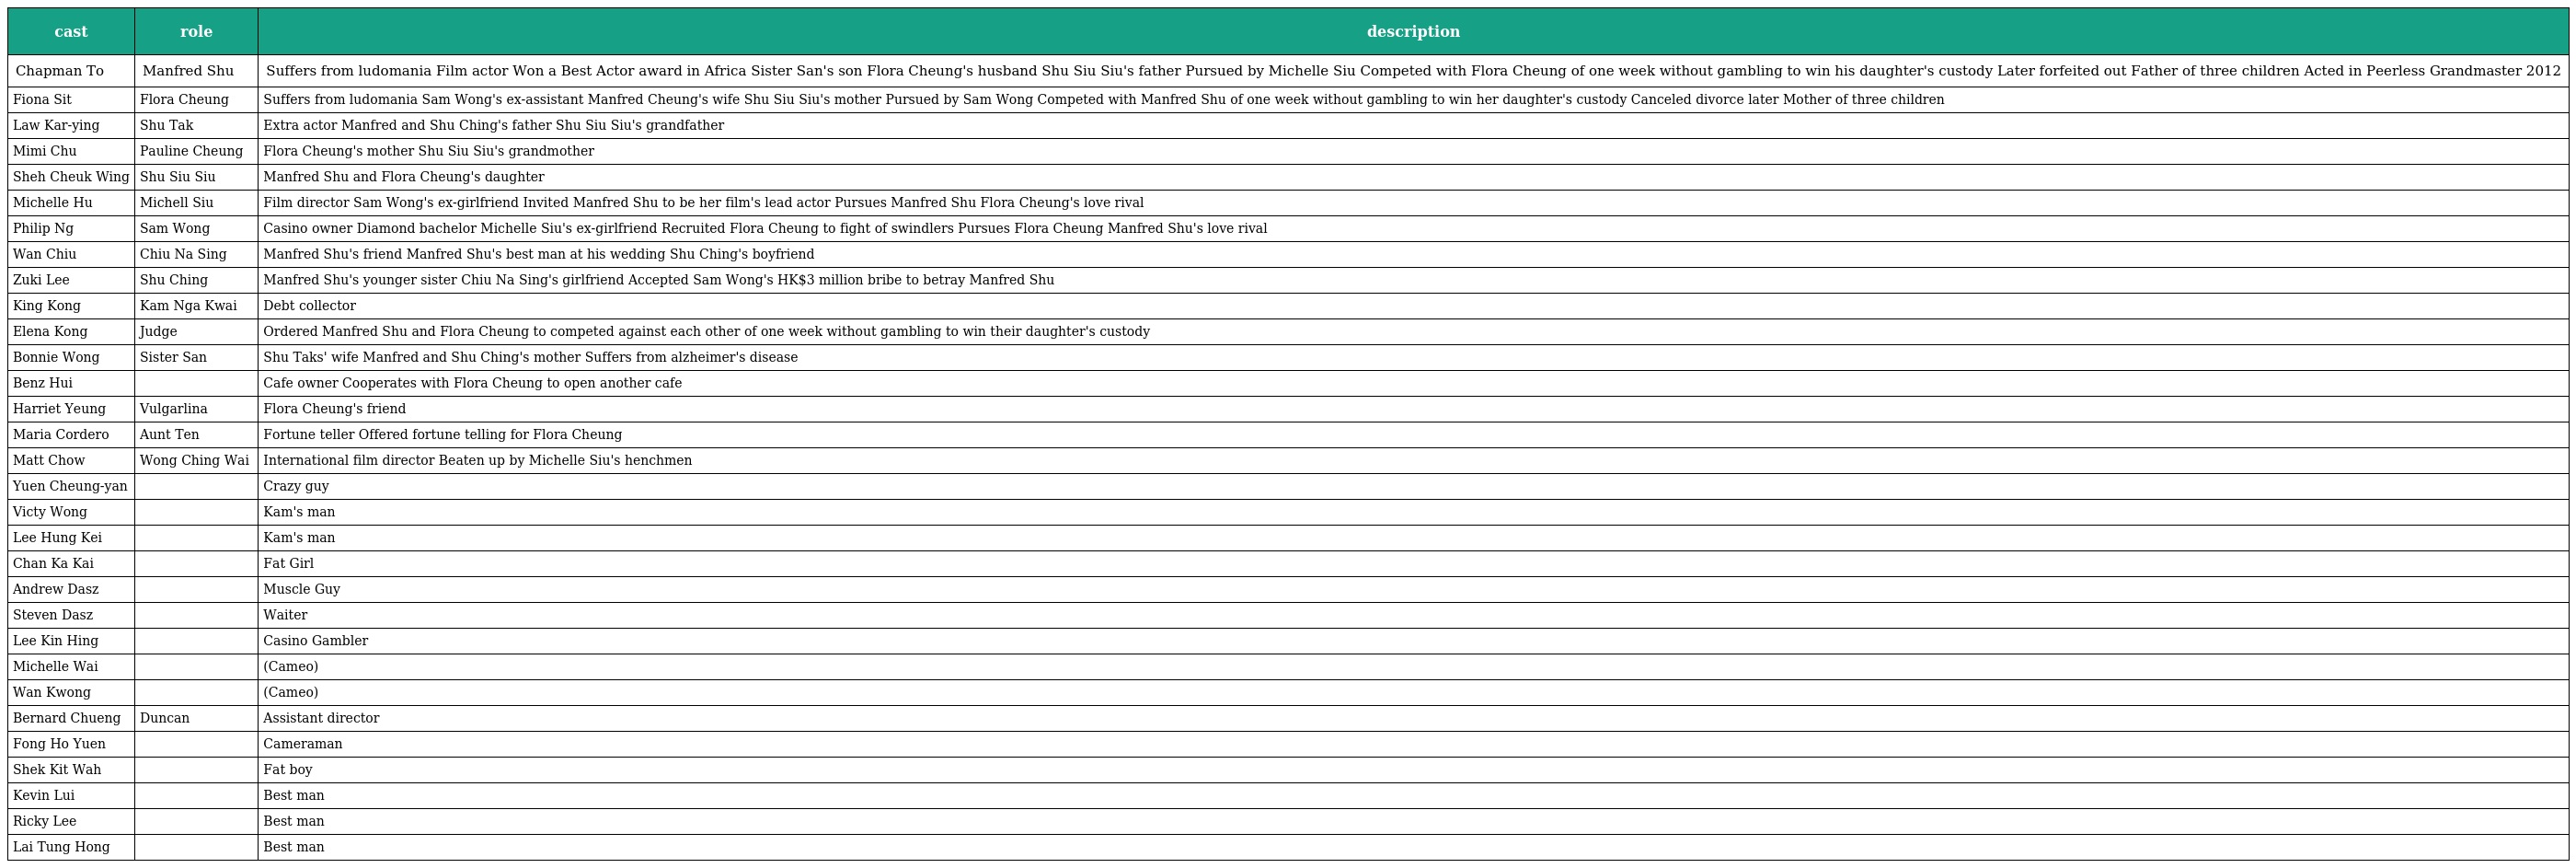
| cast | role | description |
 | --- | --- | --- |
 | Chapman To | Manfred Shu 舒奇 | Suffers from ludomania Film actor Won a Best Actor award in Africa Sister San's son Flora Cheung's husband Shu Siu Siu's father Pursued by Michelle Siu Competed with Flora Cheung of one week without gambling to win his daughter's custody Later forfeited out Father of three children Acted in Peerless Grandmaster 2012 |
 | Fiona Sit | Flora Cheung 張惠香 | Suffers from ludomania Sam Wong's ex-assistant Manfred Cheung's wife Shu Siu Siu's mother Pursued by Sam Wong Competed with Manfred Shu of one week without gambling to win her daughter's custody Canceled divorce later Mother of three children |
 | Law Kar-ying | Shu Tak 舒突 | Extra actor Manfred and Shu Ching's father Shu Siu Siu's grandfather |
 | Mimi Chu | Pauline Cheung | Flora Cheung's mother Shu Siu Siu's grandmother |
 | Sheh Cheuk Wing | Shu Siu Siu 舒小小 | Manfred Shu and Flora Cheung's daughter |
 | Michelle Hu | Michell Siu | Film director Sam Wong's ex-girlfriend Invited Manfred Shu to be her film's lead actor Pursues Manfred Shu Flora Cheung's love rival |
 | Philip Ng | Sam Wong | Casino owner Diamond bachelor Michelle Siu's ex-girlfriend Recruited Flora Cheung to fight of swindlers Pursues Flora Cheung Manfred Shu's love rival |
 | Wan Chiu | Chiu Na Sing 超那星 | Manfred Shu's friend Manfred Shu's best man at his wedding Shu Ching's boyfriend |
 | Zuki Lee | Shu Ching 舒青 | Manfred Shu's younger sister Chiu Na Sing's girlfriend Accepted Sam Wong's HK$3 million bribe to betray Manfred Shu |
 | King Kong | Kam Nga Kwai 金牙貴 | Debt collector |
 | Elena Kong | Judge 法官 | Ordered Manfred Shu and Flora Cheung to competed against each other of one week without gambling to win their daughter's custody |
 | Bonnie Wong | Sister San 珊姐 | Shu Taks' wife Manfred and Shu Ching's mother Suffers from alzheimer's disease |
 | Benz Hui |  | Cafe owner Cooperates with Flora Cheung to open another cafe |
 | Harriet Yeung | Vulgarlina 核突縺娜 | Flora Cheung's friend |
 | Maria Cordero | Aunt Ten 十姨 | Fortune teller Offered fortune telling for Flora Cheung |
 | Matt Chow | Wong Ching Wai 王晶衛 | International film director Beaten up by Michelle Siu's henchmen |
 | Yuen Cheung-yan |  | Crazy guy |
 | Victy Wong |  | Kam's man |
 | Lee Hung Kei |  | Kam's man |
 | Chan Ka Kai |  | Fat Girl |
 | Andrew Dasz |  | Muscle Guy |
 | Steven Dasz |  | Waiter |
 | Lee Kin Hing |  | Casino Gambler |
 | Michelle Wai |  | (Cameo) |
 | Wan Kwong |  | (Cameo) |
 | Bernard Chueng | Duncan | Assistant director |
 | Fong Ho Yuen |  | Cameraman |
 | Shek Kit Wah |  | Fat boy |
 | Kevin Lui |  | Best man |
 | Ricky Lee |  | Best man |
 | Lai Tung Hong |  | Best man |